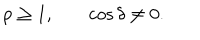
LaTeX: \begin{array} { c c c } { { p \geq 1 , } } & { { } } & { { \cos { \delta } \neq 0 . } } \\ \end{array}